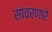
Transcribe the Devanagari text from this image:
सावरणारे